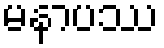
မနာပဿ